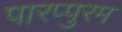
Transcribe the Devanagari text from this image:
पारप्पुरम